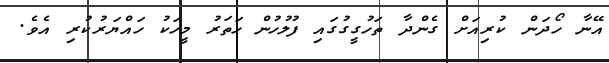
އޭނާ ހޯދަން ކުރިއަށް ގެންދާ ތަހުގީގުގައި ފުލުހުން ހަތަރު މީހަކު ހައްޔަރުކުރި އެވެ.